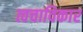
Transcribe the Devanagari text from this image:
त्वचाविकार